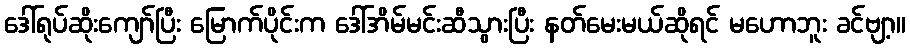
ဒေါ်ရုပ်ဆိုးကျော်ပြီး မြောက်ပိုင်းက ဒေါ်အိမ်မင်းဆီသွားပြီး နတ်မေးမယ်ဆိုရင် မဟောဘူး ခင်ဗျာ့။